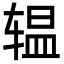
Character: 辒